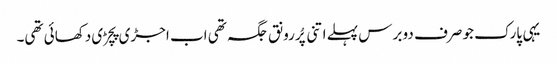
یہی پارک جو صرف دو برس پہلے اتنی پُررونق جگہ تھی اب اجڑی پچڑی دکھائی تھی۔